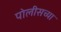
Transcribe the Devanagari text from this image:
पोलीसच्या